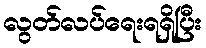
လွတ်လပ်ရေးရရှိပြီး